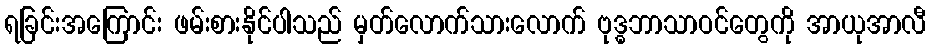
ရခြင်းအကြောင်း ဖမ်းစားနိုင်ပါသည် မှတ်လောက်သားလောက် ဗုဒ္ဓဘာသာဝင်တွေကို အာယုအာလီ